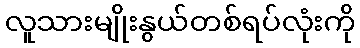
လူသားမျိုးနွယ်တစ်ရပ်လုံးကို